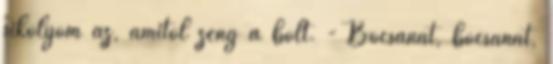
sikolyom az, amitől zeng a bolt. - Bocsánat, bocsánat,